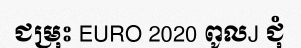
ជម្រុះ EURO 2020 ពូលJ ជុំ